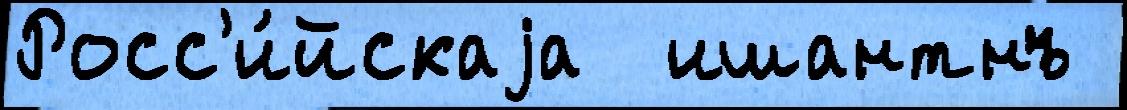
Росс'и́йскаjа  ишантнъ